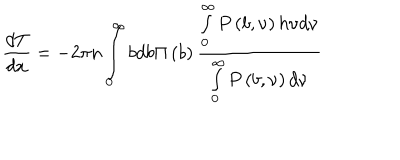
LaTeX: \frac { d T } { d x } = - 2 \pi n \int _ { 0 } ^ { \infty } { b d b } \Pi \left( b \right) \frac { \int _ { 0 } ^ { \infty } { P \left( { b , \nu } \right) h \nu d \nu } } { \int _ { 0 } ^ { \infty } { P \left( { b , \nu } \right) d \nu } }